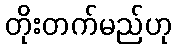
တိုးတက်မည်ဟု